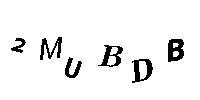
2MUBDB